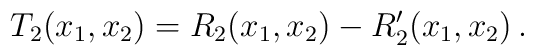
T_{2}(x_{1},x_{2})= R_{2}(x_{1},x_{2})-R'_{2}(x_{1},x_{2})     \, .